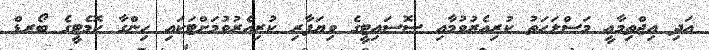
އަދި އިޖްތިމާޢީ މަސްލަޙަތު ކުރިއެރުވުމާއި ސޮސައިޓީގެ ވިޔަފާރި ކުރިއެރުވުމަށްޓަކައި ހިންގާ ކޮމެޓީގެ ބޯރޑް